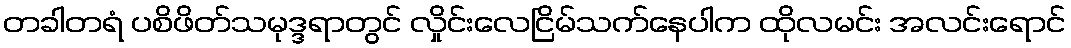
တခါတရံ ပစိဖိတ်သမုဒ္ဒရာတွင် လှိုင်းလေငြိမ်သက်နေပါက ထိုလမင်း အလင်းရောင်